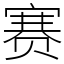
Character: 赛